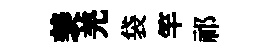
羡羌袋竿祁